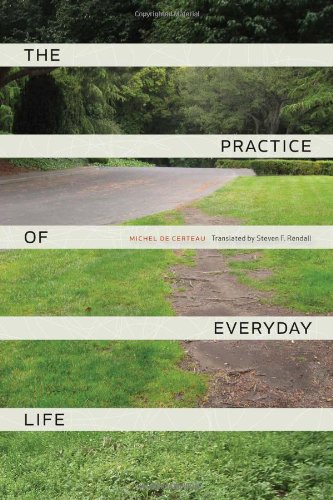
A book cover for The Practice of Everyday Life; Michel de Certeau; Politics & Social Sciences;